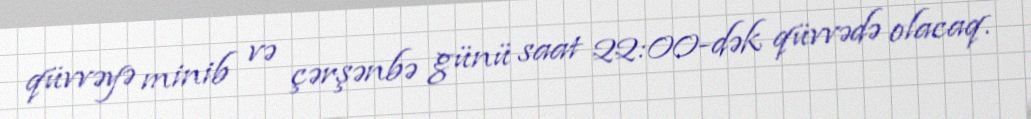
qüvvəyə minib və çərşənbə günü saat 22:00-dək qüvvədə olacaq.